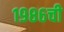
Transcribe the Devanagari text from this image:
१९८६ची